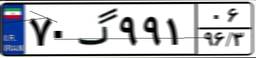
۷۰گ۹۹۱۰۶